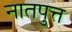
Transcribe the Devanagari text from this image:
नातपुत्त